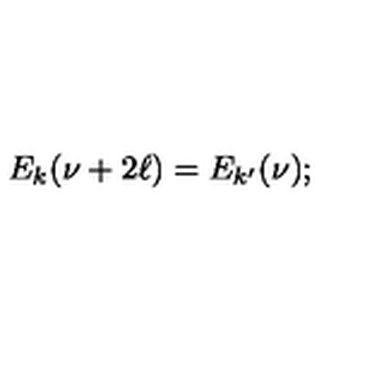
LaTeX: E _ { k } ( \nu + 2 \ell ) = E _ { k ^ { \prime } } ( \nu ) ;